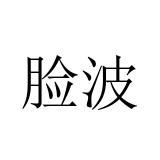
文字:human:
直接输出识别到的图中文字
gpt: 脸波